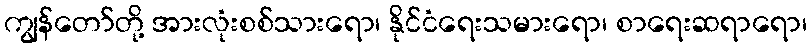
ကျွန်တော်တို့ အားလုံးစစ်သားရော၊ နိုင်ငံရေးသမားရော၊ စာရေးဆရာရော၊